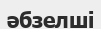
әбзелші